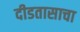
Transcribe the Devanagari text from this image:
दीडतासाचा